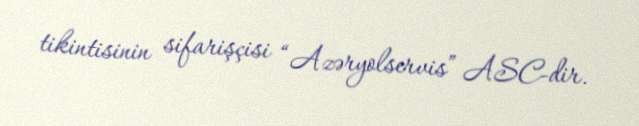
tikintisinin sifarişçisi “Azəryolservis” ASC-dir.